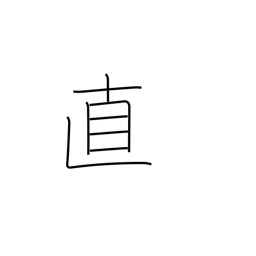
Meaning: honesty